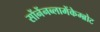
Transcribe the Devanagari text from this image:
सोंनेंनब्लामेंकेम्ब्रोट